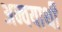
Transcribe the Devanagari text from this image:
अन्वयार्थी